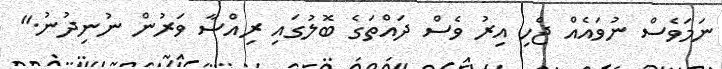
ނަމަވެސް ނުވައެއް ޖެހި އިރު ވެސް ދައްތަގެ ބޮލުގައި ރިއްސާ ވަރުން ނުނިދުނު."